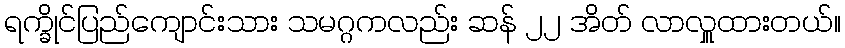
ရက္ခိုင်ပြည်ကျောင်းသား သမဂ္ဂကလည်း ဆန် ၂၂ အိတ် လာလှူထားတယ်။